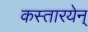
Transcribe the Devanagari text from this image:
कस्तारयेन्